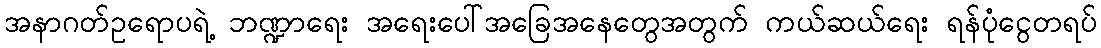
အနာဂတ်ဥရောပရဲ့ ဘဏ္ဍာရေး အရေးပေါ်အခြေအနေတွေအတွက် ကယ်ဆယ်ရေး ရန်ပုံငွေတရပ်